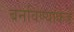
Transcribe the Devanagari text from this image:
बनविण्याकडे